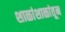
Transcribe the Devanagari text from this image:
शाळांशाळांतून